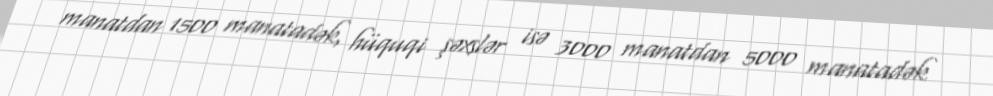
manatdan 1500 manatadək, hüquqi şəxslər isə 3000 manatdan 5000 manatadək